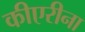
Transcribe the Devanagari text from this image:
कीएरीना